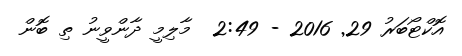
އޮކްޓޯބަރު 29